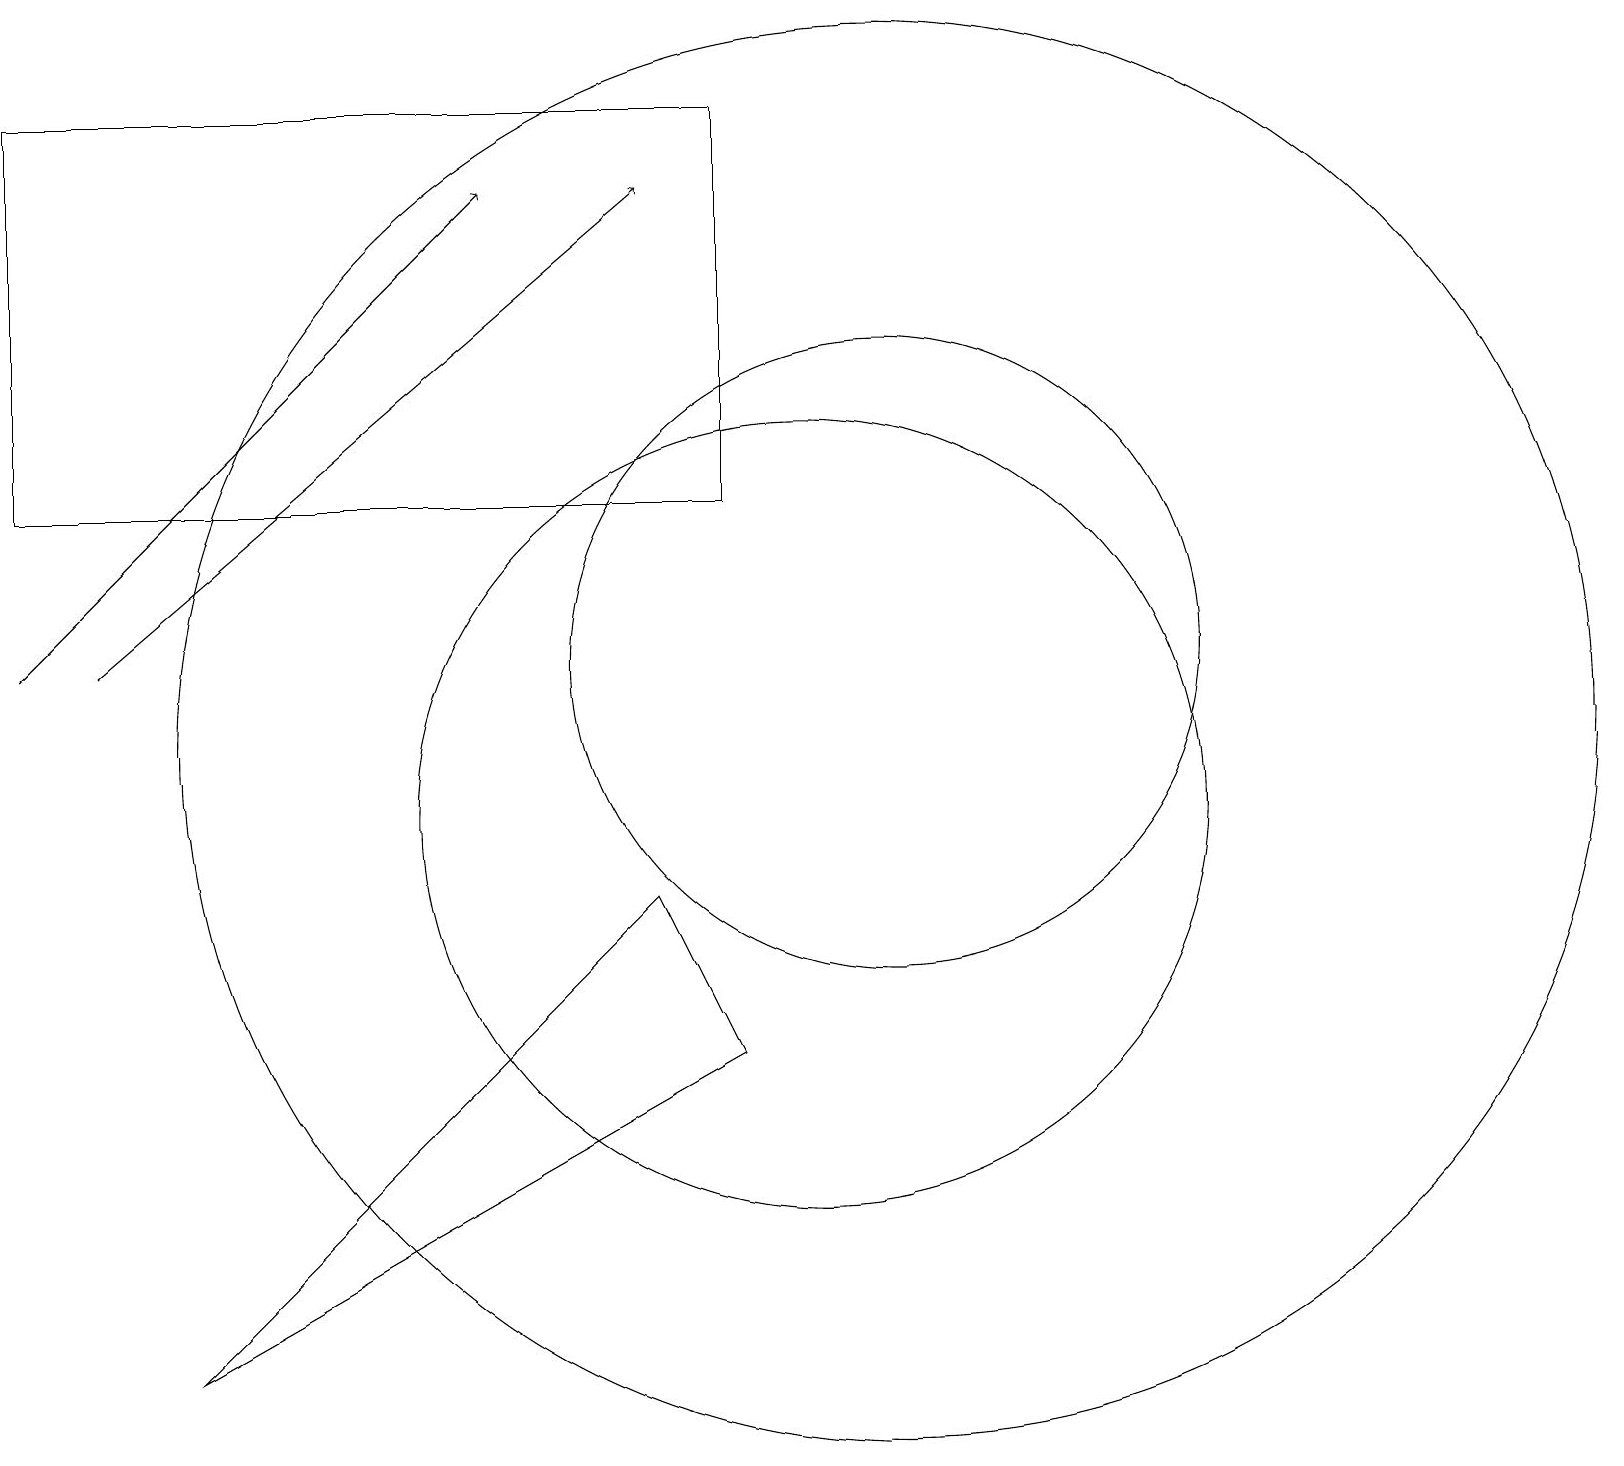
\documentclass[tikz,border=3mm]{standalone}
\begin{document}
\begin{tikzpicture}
\draw (10,10) circle (5);
\draw (11,12) circle (4);
\draw (11,11) circle (9);
\draw (9,7) -- (2,3) -- (8,9) -- cycle;
\draw (12,11) circle (0);
\draw[->] (1,12) -- (8,18);
\draw (0,19) rectangle (9,14);
\draw[->] (0,12) -- (6,18);
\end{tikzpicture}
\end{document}